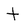
Character: t